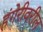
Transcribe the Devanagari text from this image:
हंगेरीवरील